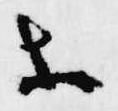
等